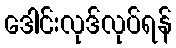
ဒေါင်းလုဒ်လုပ်ရန်